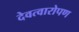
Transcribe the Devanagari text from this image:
देवत्वारोपण